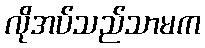
လိုအပ်သည်သာမက